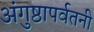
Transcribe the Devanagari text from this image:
अंगुष्ठापर्वतनी